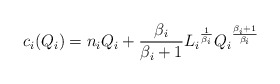
\begin{align*}c_i(Q_i)=n_iQ_i+\frac{\beta_i}{\beta_i+1}{L_i}^{\frac{1}{\beta_i}}{Q_i}^{\frac{\beta_i+1}{\beta_i}}\end{align*}